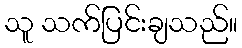
သူ သက်ပြင်းချသည်။